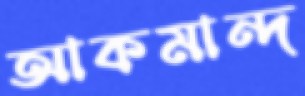
আকমান্দ